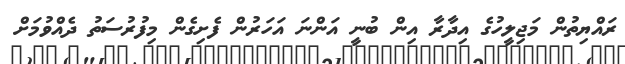
ރައްޔިތުން މަޖިލީހުގެ އިދާރާ އިން ބުނީ އަންނަ އަހަރުން ފެށިގެން މިފުރުސަތު ދެއްވުމަށް